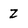
Character: Z